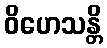
ဝိဟေသန္တိ